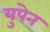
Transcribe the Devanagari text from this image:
युपेन